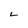
Character: L